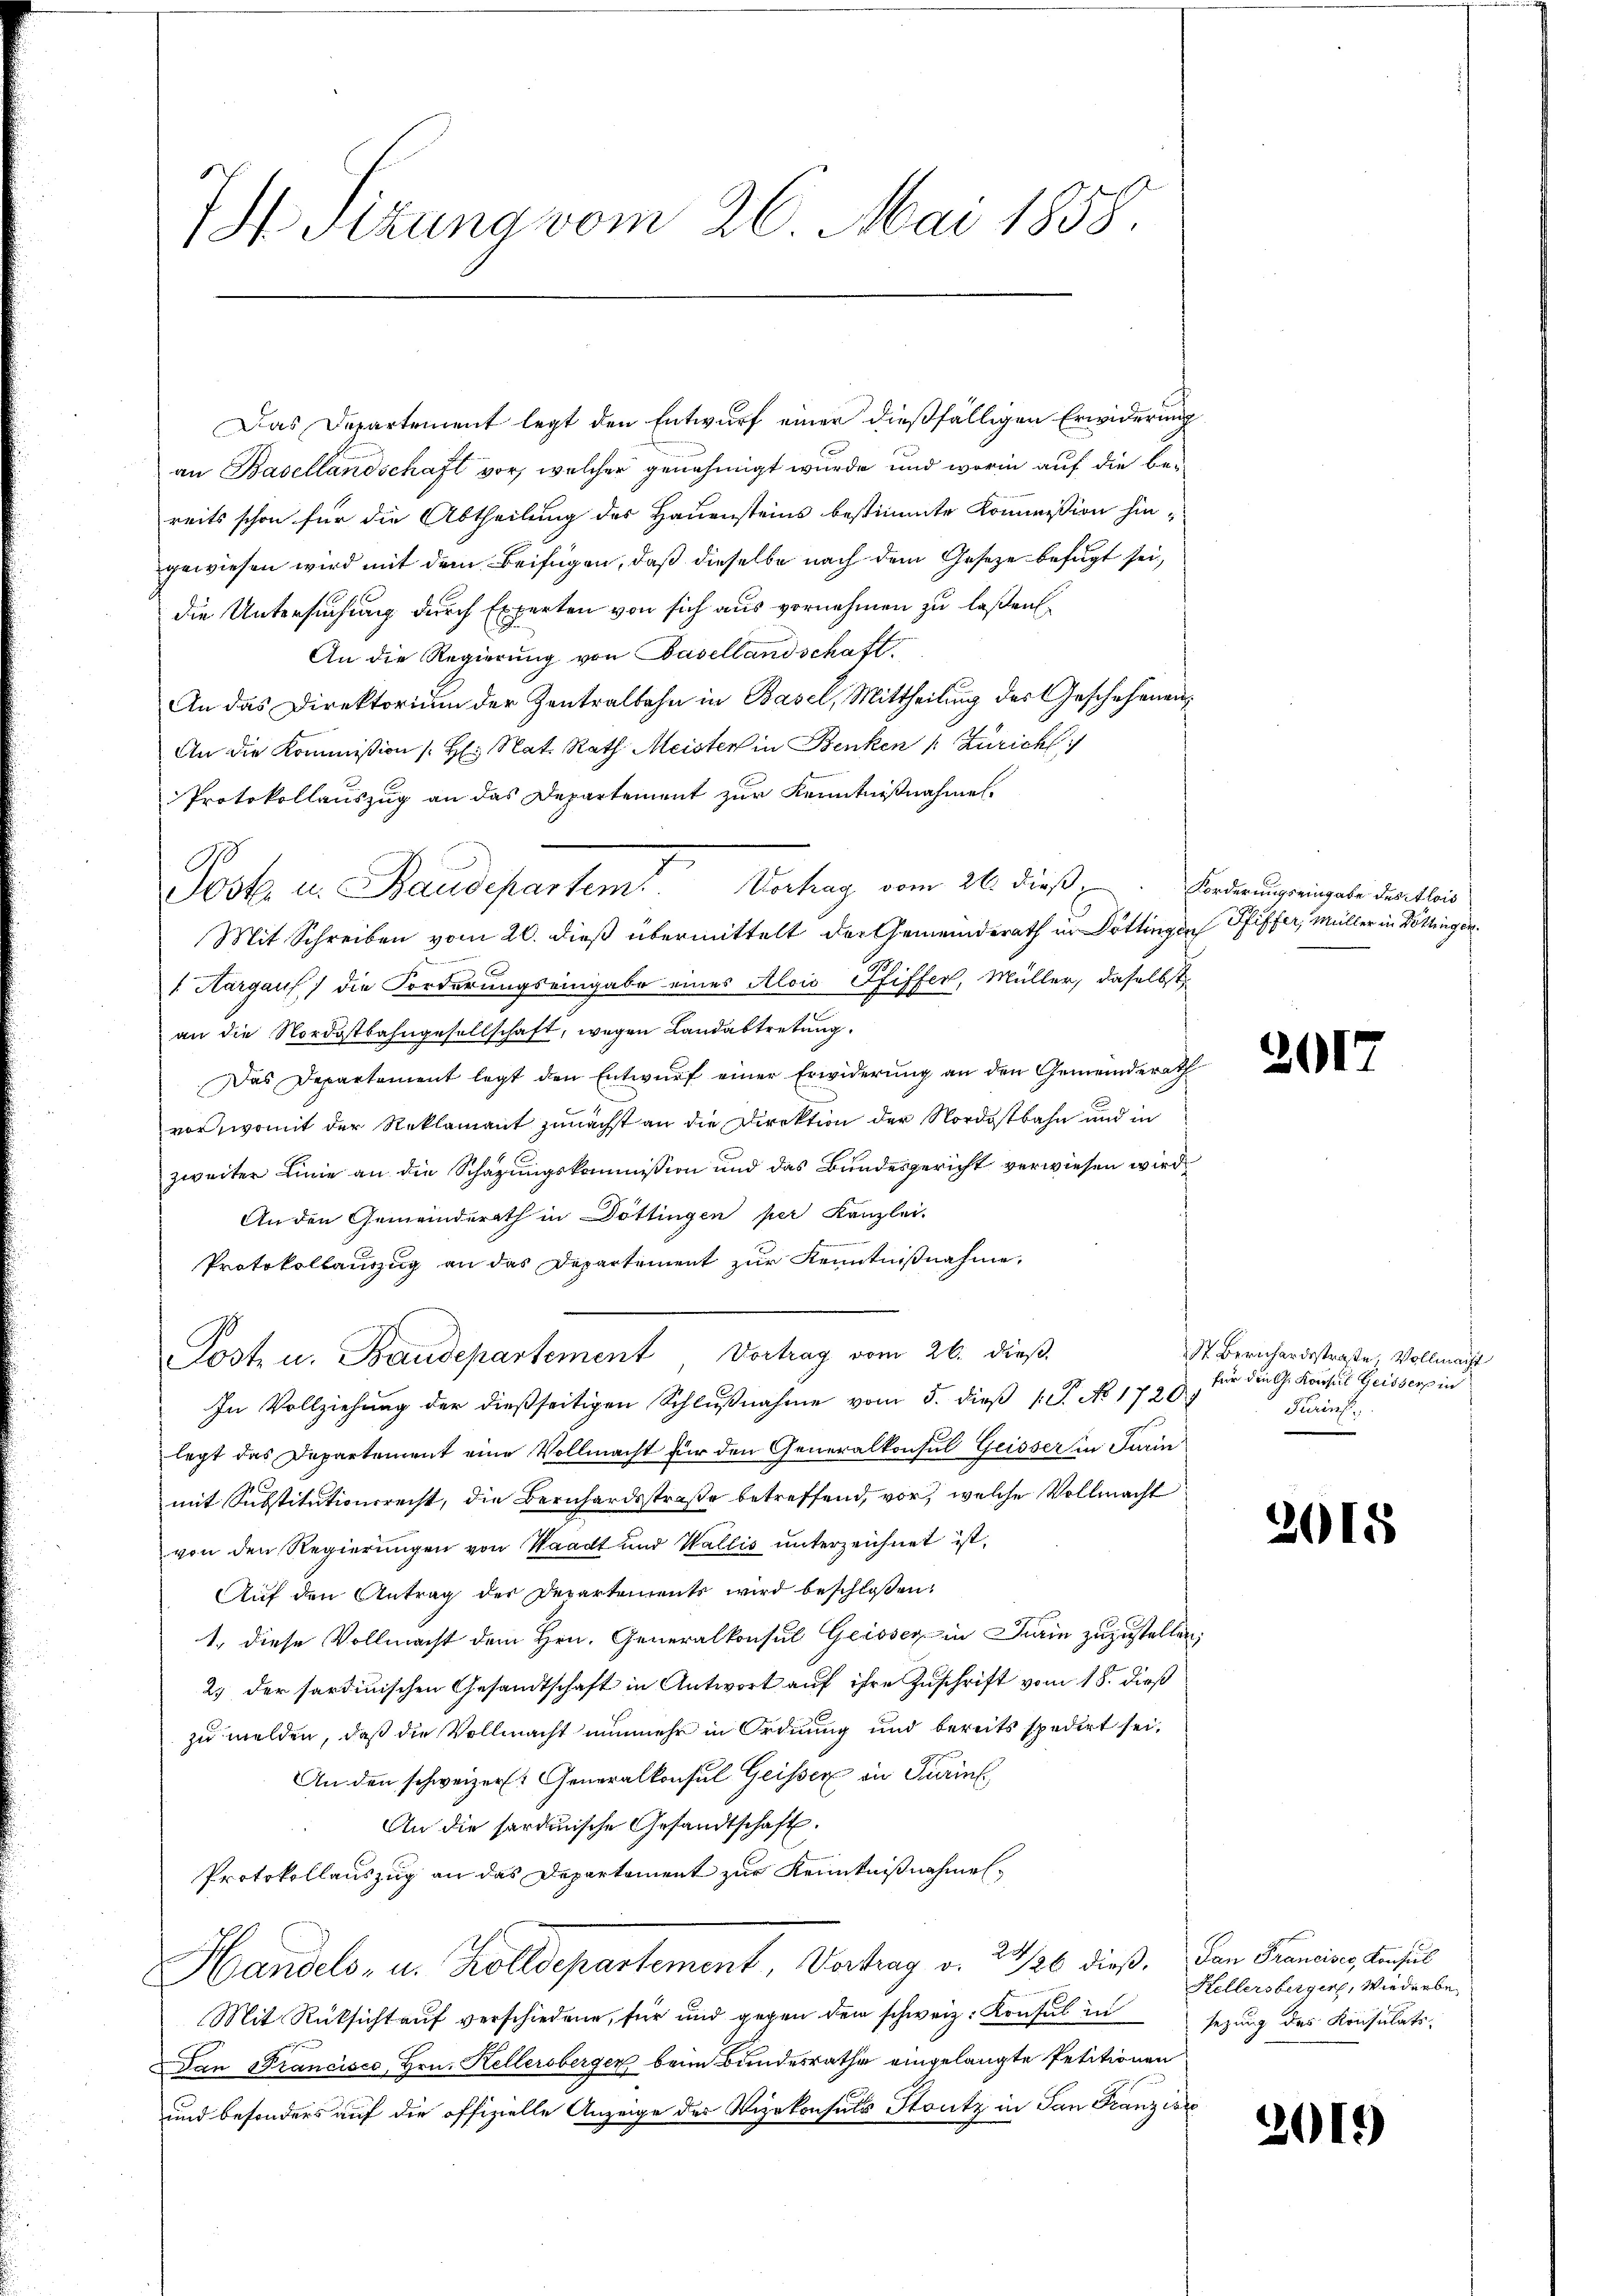
7 Sizung vom 26. Mai 1858.

Das Departement legt den Entwurf einer dießfälligen Erwiderung
an Basellandschaft vor, welcher genehmigt wurde und worin auf die bereits schon für die Abtheilung des Hauensteins bestimmte Kommission hingewiesen wird mit dem Beifügen, daß dieselbe nach dem Gesetze befugt sei,
die Untersuchung durch Experten von sich aus vornehmen zu laßen¬
An die Regierung von Basellandschaft
An das Direktorium der Zentralbahn in Basel, Mittheilung des Geschehenen¬
An die Kommission (H. Nat. Rath Meister in Benken /: Zürich
Protokollauszug an das Departement zur Kenntnißnahmen.
Mit Schreiben vom 20. dieß übermittelt der Gemeinderath in Döttingen Pfiffer, Müller in Böttingen
. Aargaus, die Forderungseingabe eines Alois Pfiffer, Müller, daselbst
an die Nordostbahngesellschaft, wegen Landabtretung.
Das Departement legt den Entwurf einer Erwiderung an den Gemeinderath
vor, womit der Reklamant zunächst an die Direktion der Nordostbahn und in
zweiter Linie an die Schazungskommission und das Bundesgericht verwiesen wird.
An den Gemeinderath in Döttingen per Kanzlei
Protokollauszug an das Departement zur Kenntnißnahme,
Post u. Fraudepartement Vortrag vom 26. dieß.
In Vollziehung der dießseitigen Schlußnahme vom 5. dieß P. No 1720
legt das Departement eine Vollmacht für den Generalkonsul Geisser in Turin
mit Substitutionsrecht, die Bernhardsstraße betreffend, vor, welche Vollmacht
von den Regierungen von Waadt und Wallis unterzeichnet ist,
Auf den Antrag der Departements wird beschlossen:
1. diese Vollmacht dem Hrn. Generalkonsul Geisser in Turin zuzustellen;
2) der sardinischen Gesandtschaft in Antwort auf ihre Zuschrift vom 18. dieß
zu melden, daß die Vollmacht nunmehr in Ordnung und bereits spedirt sei,
An den schweizer. Generalkonsul Geisser in Turin
An die sardinische Gesandtschaft.
Protokollauszug an das Departement zur Kenntnißnahme¬
Handels- u. Zolldepartement, Vertrag d. 2426 dieß, an Graning, Aufl
Mit Rüksicht auf verschiedene, für und gegen dem schweiz. Konsul in
Dan Francisco, Hrn. Kellersberger beim Bundesrathe eingelangte Petitionen
und besonders auf die offizielle Anzeige des Vizekonsuls Stutz in San Franzisc

Post in Baudepartem Vortrag vom 21. dieß u. Forderungsringelen dienstand

201

St Bernhardstraße Vollmacht
für die G. Konseil Geisserpin
Turins,

2015

Kellersberger, Wiederbesezung des Konsulats.

26)